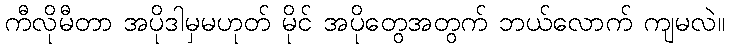
ကီလိုမီတာ အပိုဒါမှမဟုတ် မိုင် အပိုတွေအတွက် ဘယ်လောက် ကျမလဲ။